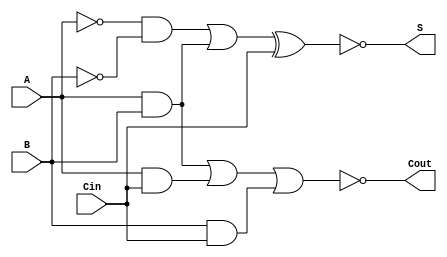
module NegativeCircuitFullAdder (
    input wire A,     // First binary input
    input wire B,     // Second binary input
    input wire Cin,   // Carry input
    output wire S,    // Sum output
    output wire Cout   // Carry output
);

// Internal signals for active-low logic
wire A_n, B_n, Cin_n; // Negated signals
wire SumAB, SumAll;   // Intermediate signals for the sum
wire CarryAB, CarryAC, CarryBC; // Intermediate signals for the carry

// Negating the inputs for negative logic
not (A_n, A);
not (B_n, B);
not (Cin_n, Cin);

// Sum output: S = A  B  Cin
assign SumAB = A_n & B_n | A & B;   // A XOR B using AND/OR (for negative logic)
assign SumAll = SumAB ^ Cin;         // (SumAB) XOR Ci (using normal XOR for negated inputs)
assign S = ~SumAll;                   // Active-low output

// Carry output: Cout = (A  B) + (A  Cin) + (B  Cin)
assign CarryAB = A & B;              // A AND B
assign CarryAC = A & Cin;            // A AND Cin
assign CarryBC = B & Cin;            // B AND Cin
assign Cout = ~(CarryAB | CarryAC | CarryBC); // Carry output in negative logic

endmodule